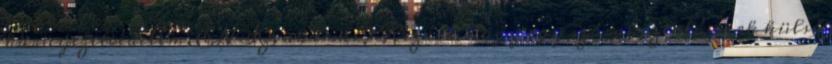
környezetvédelem, ENSZ, akármi? Kizárt, hogy egy szórakoztató park külső